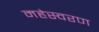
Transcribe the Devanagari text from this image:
महेस्वरण